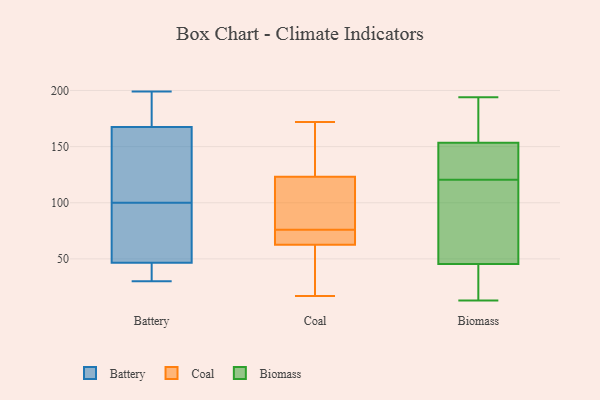
{"axis": {"x": "Gross Profit (USD K)", "y": "Value"}, "legend": ["Battery", "Biomass", "Coal"], "data": [{"x": "", "y": 100, "type": "Battery"}, {"x": "", "y": 34, "type": "Battery"}, {"x": "", "y": 113, "type": "Battery"}, {"x": "", "y": 158, "type": "Battery"}, {"x": "", "y": 196, "type": "Battery"}, {"x": "", "y": 67, "type": "Battery"}, {"x": "", "y": 199, "type": "Battery"}, {"x": "", "y": 105, "type": "Battery"}, {"x": "", "y": 95, "type": "Battery"}, {"x": "", "y": 197, "type": "Battery"}, {"x": "", "y": 39, "type": "Battery"}, {"x": "", "y": 49, "type": "Battery"}, {"x": "", "y": 30, "type": "Battery"}, {"x": "", "y": 91, "type": "Coal"}, {"x": "", "y": 71, "type": "Coal"}, {"x": "", "y": 64, "type": "Coal"}, {"x": "", "y": 19, "type": "Coal"}, {"x": "", "y": 143, "type": "Coal"}, {"x": "", "y": 99, "type": "Coal"}, {"x": "", "y": 76, "type": "Coal"}, {"x": "", "y": 128, "type": "Coal"}, {"x": "", "y": 172, "type": "Coal"}, {"x": "", "y": 76, "type": "Coal"}, {"x": "", "y": 102, "type": "Coal"}, {"x": "", "y": 68, "type": "Coal"}, {"x": "", "y": 18, "type": "Coal"}, {"x": "", "y": 161, "type": "Coal"}, {"x": "", "y": 109, "type": "Coal"}, {"x": "", "y": 62, "type": "Coal"}, {"x": "", "y": 163, "type": "Coal"}, {"x": "", "y": 55, "type": "Coal"}, {"x": "", "y": 17, "type": "Coal"}, {"x": "", "y": 52, "type": "Biomass"}, {"x": "", "y": 192, "type": "Biomass"}, {"x": "", "y": 89, "type": "Biomass"}, {"x": "", "y": 91, "type": "Biomass"}, {"x": "", "y": 138, "type": "Biomass"}, {"x": "", "y": 19, "type": "Biomass"}, {"x": "", "y": 157, "type": "Biomass"}, {"x": "", "y": 27, "type": "Biomass"}, {"x": "", "y": 118, "type": "Biomass"}, {"x": "", "y": 194, "type": "Biomass"}, {"x": "", "y": 126, "type": "Biomass"}, {"x": "", "y": 123, "type": "Biomass"}, {"x": "", "y": 39, "type": "Biomass"}, {"x": "", "y": 125, "type": "Biomass"}, {"x": "", "y": 159, "type": "Biomass"}, {"x": "", "y": 178, "type": "Biomass"}, {"x": "", "y": 13, "type": "Biomass"}, {"x": "", "y": 150, "type": "Biomass"}, {"x": "", "y": 57, "type": "Biomass"}, {"x": "", "y": 16, "type": "Biomass"}]}